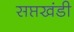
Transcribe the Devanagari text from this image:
सप्तखंडी